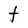
Character: t